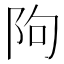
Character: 䧁